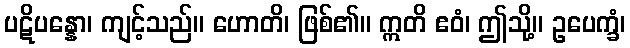
ပဋိပန္နော၊ ကျင့်သည်။ ဟောတိ၊ ဖြစ်၏။ ဣတိ ဧဝံ၊ ဤသို့။ ဥပေက္ခံ၊